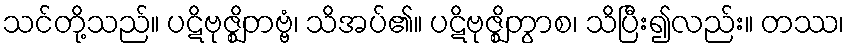
သင်တို့သည်။ ပဋိဗုဇ္ဈိတဗ္ဗံ၊ သိအပ်၏။ ပဋိဗုဇ္ဈိတွာစ၊ သိပြီး၍လည်း။ တဿ၊